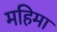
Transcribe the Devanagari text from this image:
महिमा